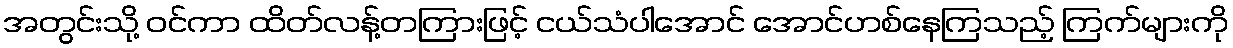
အတွင်းသို့ ဝင်ကာ ထိတ်လန့်တကြားဖြင့် ငယ်သံပါအောင် အောင်ဟစ်နေကြသည့် ကြက်များကို